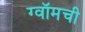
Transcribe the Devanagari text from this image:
ग्वॉमची